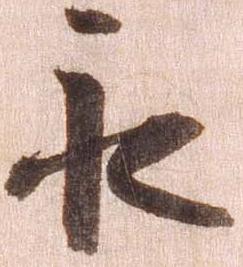
永